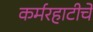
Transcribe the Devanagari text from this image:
कर्मरहाटीचे